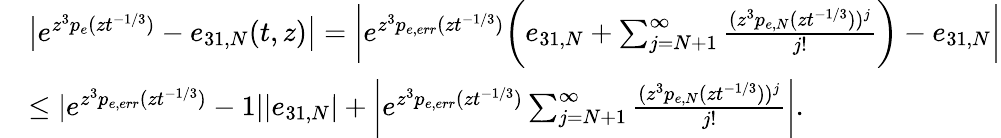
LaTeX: \begin{array}{rl}&{\big|e^{z^{3}p_{e}(zt^{-1/3})}-e_{31,N}(t,z)\big|=\bigg|e^{z^{3}p_{e,err}(zt^{-1/3})}\bigg(e_{31,N}+\sum_{j=N+1}^{\infty}\frac{(z^{3}p_{e,N}(zt^{-1/3}))^{j}}{j!}\bigg)-e_{31,N}\bigg|}\\ &{\leq|e^{z^{3}p_{e,err}(zt^{-1/3})}-1||e_{31,N}|+\bigg|e^{z^{3}p_{e,err}(zt^{-1/3})}\sum_{j=N+1}^{\infty}\frac{(z^{3}p_{e,N}(zt^{-1/3}))^{j}}{j!}\bigg|.}\end{array}